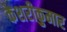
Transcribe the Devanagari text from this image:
केशरीकुमार